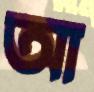
আ